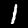
Label: 1